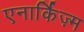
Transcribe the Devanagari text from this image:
एनार्किज़्म